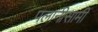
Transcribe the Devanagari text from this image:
पलानीसामी